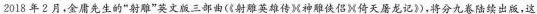
2018年2月，金庸先生的”射雕”英文版三部曲(《射雕英雄传》《神雕侠侣》《倚天屠龙记》)，将分九卷陆续出版，这